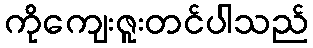
ကိုကျေးဇူးတင်ပါသည်